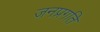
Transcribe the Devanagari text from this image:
जनप्रगति